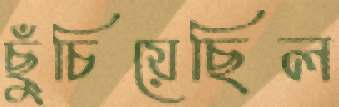
ছুঁচিয়েছিল